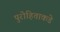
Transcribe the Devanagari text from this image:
पुरोहिताकडे